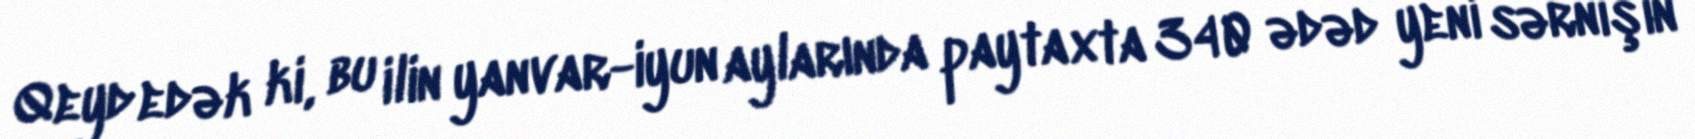
Qeyd edək ki, bu ilin yanvar-iyun aylarında paytaxta 340 ədəd yeni sərnişin